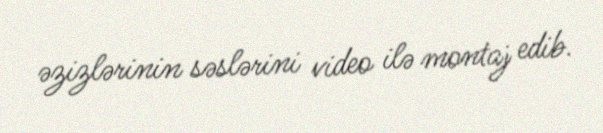
əzizlərinin səslərini video ilə montaj edib.